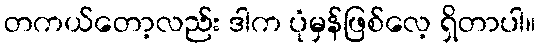
တကယ်တော့လည်း ဒါက ပုံမှန်ဖြစ်လေ့ ရှိတာပါ။